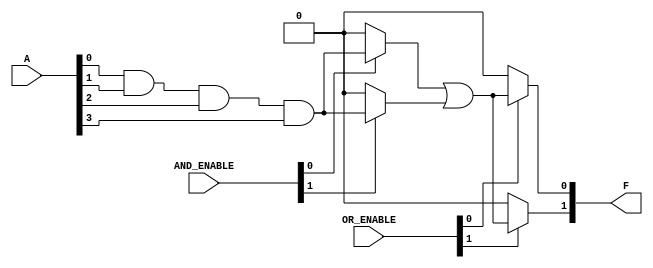
module programmable_logic_array #(
    parameter NUM_INPUTS = 4,    // Number of inputs (A1, A2, A3, A4)
    parameter NUM_AND_GATES = 4,  // Number of AND gates (product terms)
    parameter NUM_OUTPUTS = 2     // Number of outputs (F1, F2)
)(
    input wire [NUM_INPUTS-1:0] A, // Input vector
    input wire [NUM_AND_GATES-1:0] AND_ENABLE, // Control signals for AND gates
    input wire [NUM_OUTPUTS-1:0] OR_ENABLE, // Control signals for OR gates
    output wire [NUM_OUTPUTS-1:0] F // Output vector
);

    // Internal wires for AND gate outputs
    wire [NUM_AND_GATES-1:0] AND_out;

    // AND Array: Programmable AND gates
    genvar i;
    generate
        for (i = 0; i < NUM_AND_GATES; i = i + 1) begin : and_array
            assign AND_out[i] = (AND_ENABLE[i]) ? 
                                (A[0] & A[1] & A[2] & A[3]) : 1'b0; // Example: All inputs ANDed
        end
    endgenerate

    // OR Array: Programmable OR gates
    genvar j;
    generate
        for (j = 0; j < NUM_OUTPUTS; j = j + 1) begin : or_array
            assign F[j] = (OR_ENABLE[j]) ? 
                           (AND_out[0] | AND_out[1]) : 1'b0; // Example: ORing first two AND outputs
        end
    endgenerate

endmodule